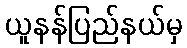
ယူနန်ပြည်နယ်မှ